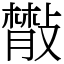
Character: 𢿨